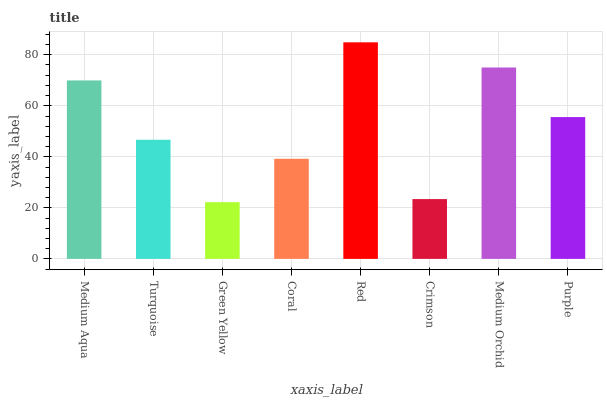
| xaxis_label | bars |
 | --- | --- |
 | Medium Aqua | 69.9 |
 | Turquoise | 46.7 |
 | Green Yellow | 22.2 |
 | Coral | 39.2 |
 | Red | 84.9 |
 | Crimson | 23.4 |
 | Medium Orchid | 75 |
 | Purple | 55.6 |